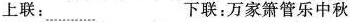
上联：....... 下联；万家箫管乐中秋